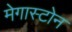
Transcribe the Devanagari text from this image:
मेगास्टोन